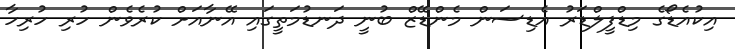
އިކުއެޑޯގެ މިޑްފީލްޑަރު އެޑިސަން މެންޑޭޒް ބުނީ ދަނޑުމަތީގައި އޭނާއަށް ކުރެވެން ހުރި ހުރިހާ